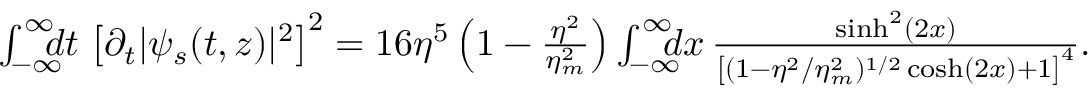
\begin{array} { r l r } & { } & { \! \! \! \! \! \! \! \! \! \! \! \! \! \! \! \! \! \! \! \! \int _ { - \infty } ^ { \infty } \! \! \! \! d t \, \left[ \partial _ { t } | \psi _ { s } ( t , z ) | ^ { 2 } \right] ^ { 2 } = 1 6 \eta ^ { 5 } \left( 1 - \frac { \eta ^ { 2 } } { \eta _ { m } ^ { 2 } } \right) \int _ { - \infty } ^ { \infty } \! \! \! \! d x \, \frac { \sinh ^ { 2 } ( 2 x ) } { \left[ ( 1 - \eta ^ { 2 } / \eta _ { m } ^ { 2 } ) ^ { 1 / 2 } \cosh ( 2 x ) + 1 \right] ^ { 4 } } . } \end{array}